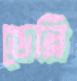
ডেরি